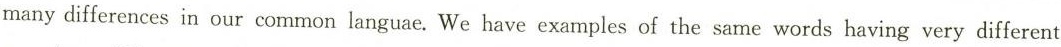
many differences in our common languae. We have examples of the same words having very different